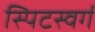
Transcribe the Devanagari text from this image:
स्पिटस्वर्ग